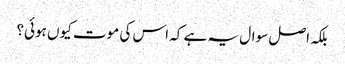
بلکہ اصل سوال یہ ہے کہ اس کی موت کیوں ہوئی؟